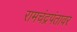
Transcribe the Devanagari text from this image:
रामचंद्रपंतावर